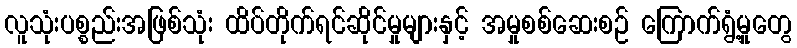
လူသုံးပစ္စည်းအဖြစ်သုံး ထိပ်တိုက်ရင်ဆိုင်မှုများနှင့် အမှုစစ်ဆေးစဉ် ကြောက်ရွံ့မှုတွေ